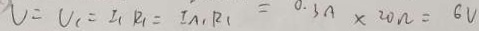
V = V _ { 1 } = I _ { 1 } R _ { 1 } = I _ { A 1 } R _ { R 1 } = 0 . 3 A \times 2 0 \Omega = 6 V